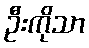
ဦးကိုသာ